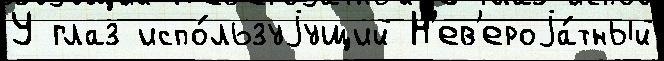
У глаз испо́льзуjущий Н'ев'ероjа́тный